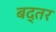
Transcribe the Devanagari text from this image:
बद्तर